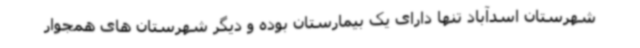
شهرستان اسدآباد تنها دارای یک بیمارستان بوده و دیگر شهرستان های همجوار